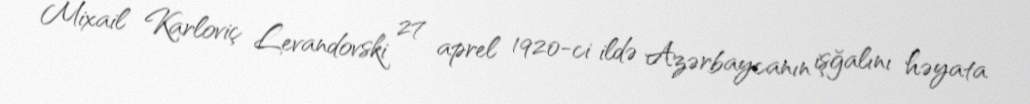
Mixail Karloviç Levandovski 27 aprel 1920-ci ildə Azərbaycanın işğalını həyata